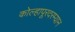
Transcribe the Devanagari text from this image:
कोल्हापूरदरम्यान